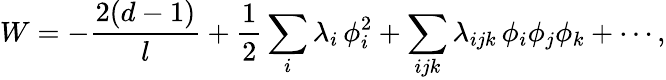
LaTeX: W=-\frac{2(d-1)}{l}+{\frac{1}{2}}\sum_{i}\lambda_{i}\, \phi_{i}^{2}+\sum_{ijk}\lambda_{ijk}\, \phi_{i}\phi_{j}\phi_{k}+\cdots,